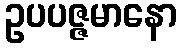
ဥပပဇ္ဇမာနော